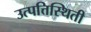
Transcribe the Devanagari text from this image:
उत्पत्तिस्थिती